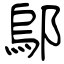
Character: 鄔